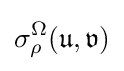
\sigma _{\rho }^{\Omega }({\mathfrak {u}},{\mathfrak {v}})